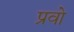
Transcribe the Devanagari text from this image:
प्रवो